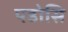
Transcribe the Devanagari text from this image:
पडोसि